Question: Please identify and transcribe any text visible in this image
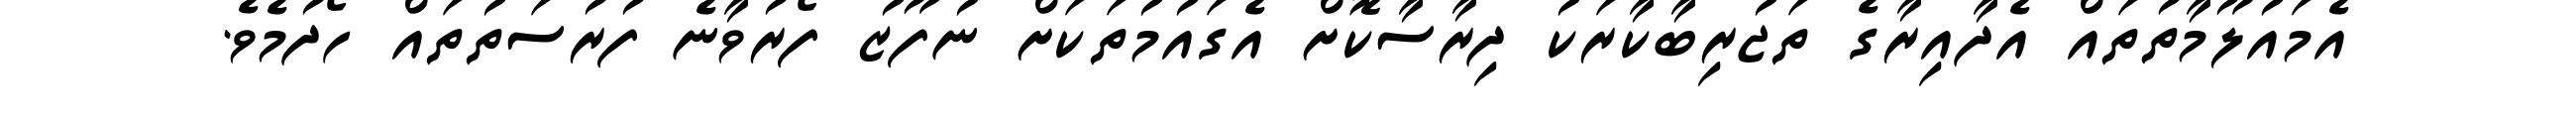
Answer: އެމައުލޫމާތުތައް އެދާއިރާގެ ތަޖުރިބާކާރަކު ދިރާސާކޮށް އެގައުމުތަކަށް ނުފޫޒު ފޯރުވާނެ ފުރުސަތުތައް ހޯދުމެވެ.